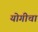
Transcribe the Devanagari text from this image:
योगीचा